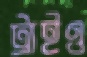
ট্রাইও